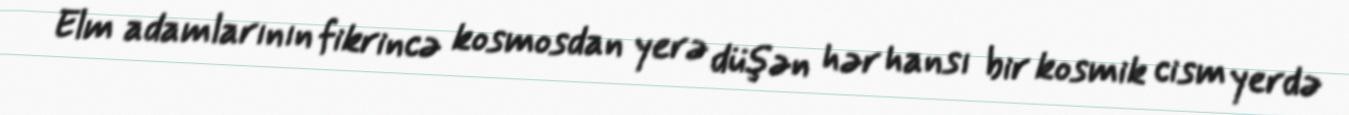
Elm adamlarının fikrincə kosmosdan yerə düşən hər hansı bir kosmik cism yerdə